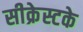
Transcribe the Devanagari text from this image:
सीक्रेस्टके